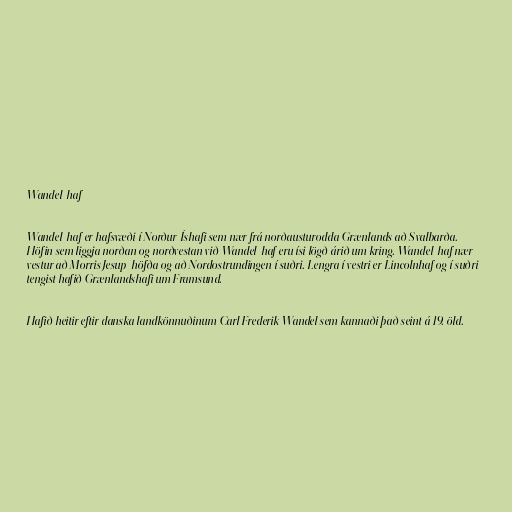
Wandel-haf

Wandel-haf er hafsvæði í Norður-Íshafi sem nær frá norðausturodda Grænlands að Svalbarða.
Höfin sem liggja norðan og norðvestan við Wandel-haf eru ísi lögð árið um kring. Wandel-haf nær
vestur að Morris Jesup-höfða og að Nordostrundingen í suðri. Lengra í vestri er Lincolnhaf og í suðri
tengist hafið Grænlandshafi um Framsund.

Hafið heitir eftir danska landkönnuðinum Carl Frederik Wandel sem kannaði það seint á 19. öld.